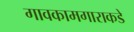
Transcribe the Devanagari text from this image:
गावकामगाराकडे